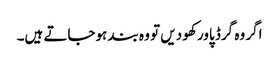
اگر وہ گرڈ پاور کھو دیں تو وہ بند ہوجاتے ہیں۔